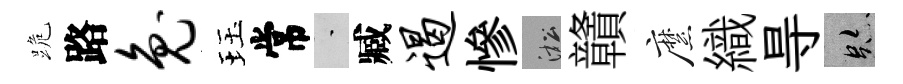
跪路兔珏常蒙臧遏慘淞贛縻織㝵跡